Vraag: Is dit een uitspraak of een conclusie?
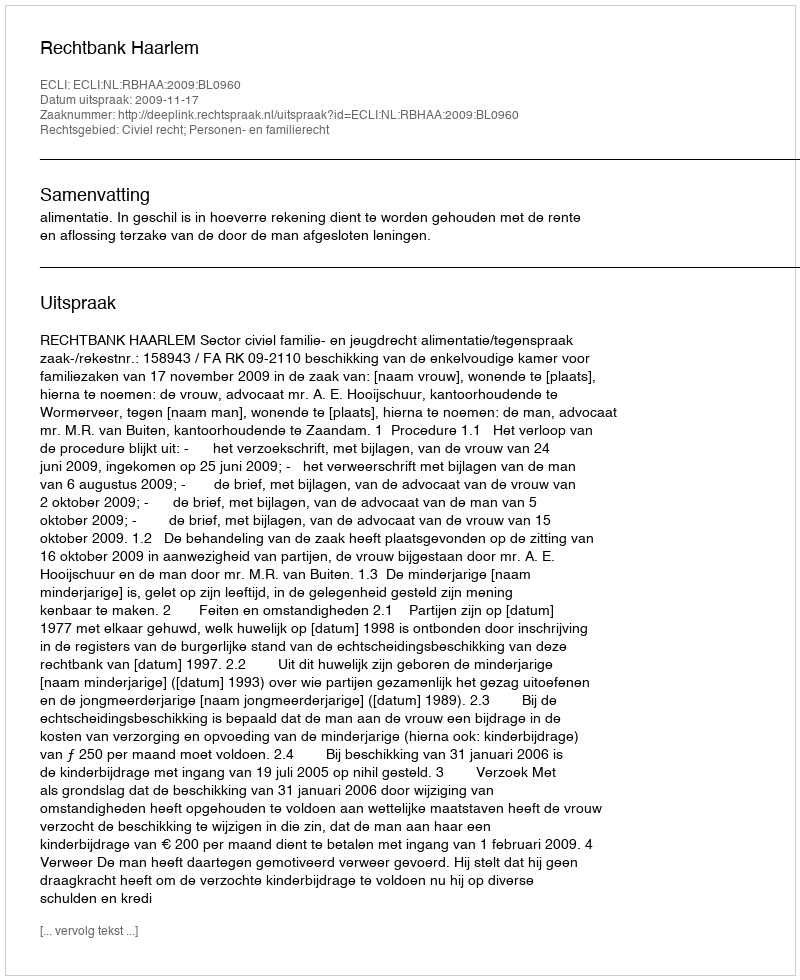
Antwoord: Uitspraak